Materia medica of Madras volume I
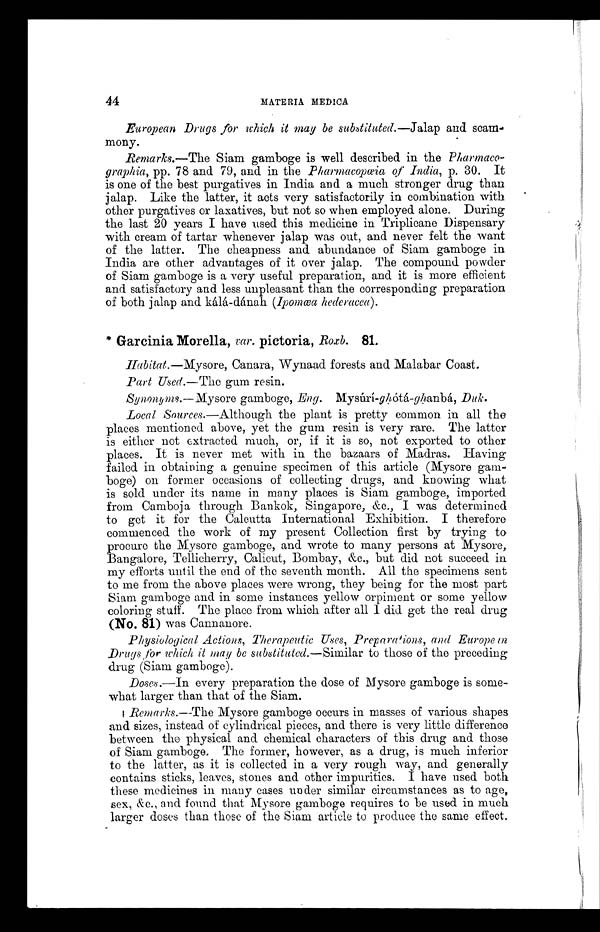
44MATERIA MEDICA
European Drugs for which it may be substituted.—Jalap and scam-
mony.
Remarks.—The Siam gamboge is well described in the Pharmaco-
graphia, pp. 78 and 79, and in the Pharmacopœia of India, p. 30. It
is one of the best purgatives in India and a much stronger drug than
jalap. Like the latter, it acts very satisfactorily in combination with
other purgatives or laxatives, but not so when employed alone. During
the last 20 years I have used this medicine in Triplicane Dispensary
with cream of tartar whenever jalap was out, and never felt the want
of the latter. The cheapness and abundance of Siam gamboge in
India are other advantages of it over jalap. The compound powder
of Siam gamboge is a very useful preparation, and it is more efficient
and satisfactory and less unpleasant than the corresponding preparation
of both jalap and kálá-dánah (Ipomœa hederacea).
* Garcinia Morella, var. pictoria, Roxb. 81.
Habitat.—Mysore, Canara, Wynaad forests and Malabar Coast.
Part Used.—The gum resin.
Synonyms.—Mysore gamboge, Eng. Mysúrí-ghótá-ghanbá, Duk.
Local S o u r c e s . —A l t h o u g h t h e p l a n t i s p r e t t y c o mmo n i n a l l t h e
places mentioned above, yet the gum resin is very rare. The latter
is either not extracted much, or, if it is so, not exported to other
places. It is never met with in the bazaars of Madras. Having
failed in obtaining a genuine specimen of this article (Mysore gam-
boge) on former occasions of collecting drugs, and knowing what
is sold under its name in many places is Siam gamboge, imported
from Camboja through Bankok, Singapore, &c., I was determined
to get it for the Calcutta International Exhibition. I therefore
commenced the work of my present Collection first by trying to
procure the Mysore gamboge, and wrote to many persons at Mysore,
Bangalore, Tellicherry, Calicut, Bombay, &c., but did not succeed in
my efforts until the end of the seventh month. All the specimens sent
to me from the above places were wrong, they being for the most part
Siam gamboge and in some instances yellow orpiment or some yellow
coloring stuff. The place from which after all I did get the real drug
(No. 81) was Cannanore.
Physiological Actions, Therapeutic Uses, Preparations, and European
Drugs for which it may be substituted.—Similar to those of the preceding
drug (Siam gamboge).
Doses.—In every preparation the dose of Mysore gamboge is some-
what larger than that of the Siam.
Remarks.--The Mysore gamboge occurs in masses of various shapes
and sizes, instead of cylindrical pieces, and there is very little difference
between the physical and chemical characters of this drug and those
of Siam gamboge. The former, however, as a drug, is much inferior
to the latter, as it is collected in a very rough way, and generally
contains sticks, leaves, stones and other impurities. I have used both
these medicines in many cases under similar circumstances as to age,
sex, &c., and found that Mysore gamboge requires to be used in much
larger doses than those of the Siam article to produce the same effect,